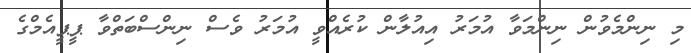
މި ނިންމެވުން ނިންމަވާ އުމަރު އިއުލާން ކުރެއްވީ އުމަރު ވެސް ނިންސްބަތްވާ ޕީޕީއެމްގެ